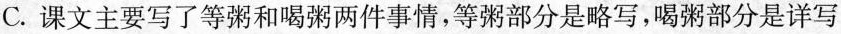
C.课文主要写了等粥和喝粥两件事情，等粥部分是略写，喝粥部分是详写